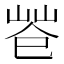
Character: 𢁃